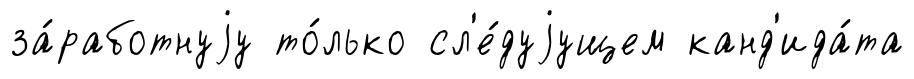
за́работнуjу то́лько сл'е́дуjущем канд'ида́та